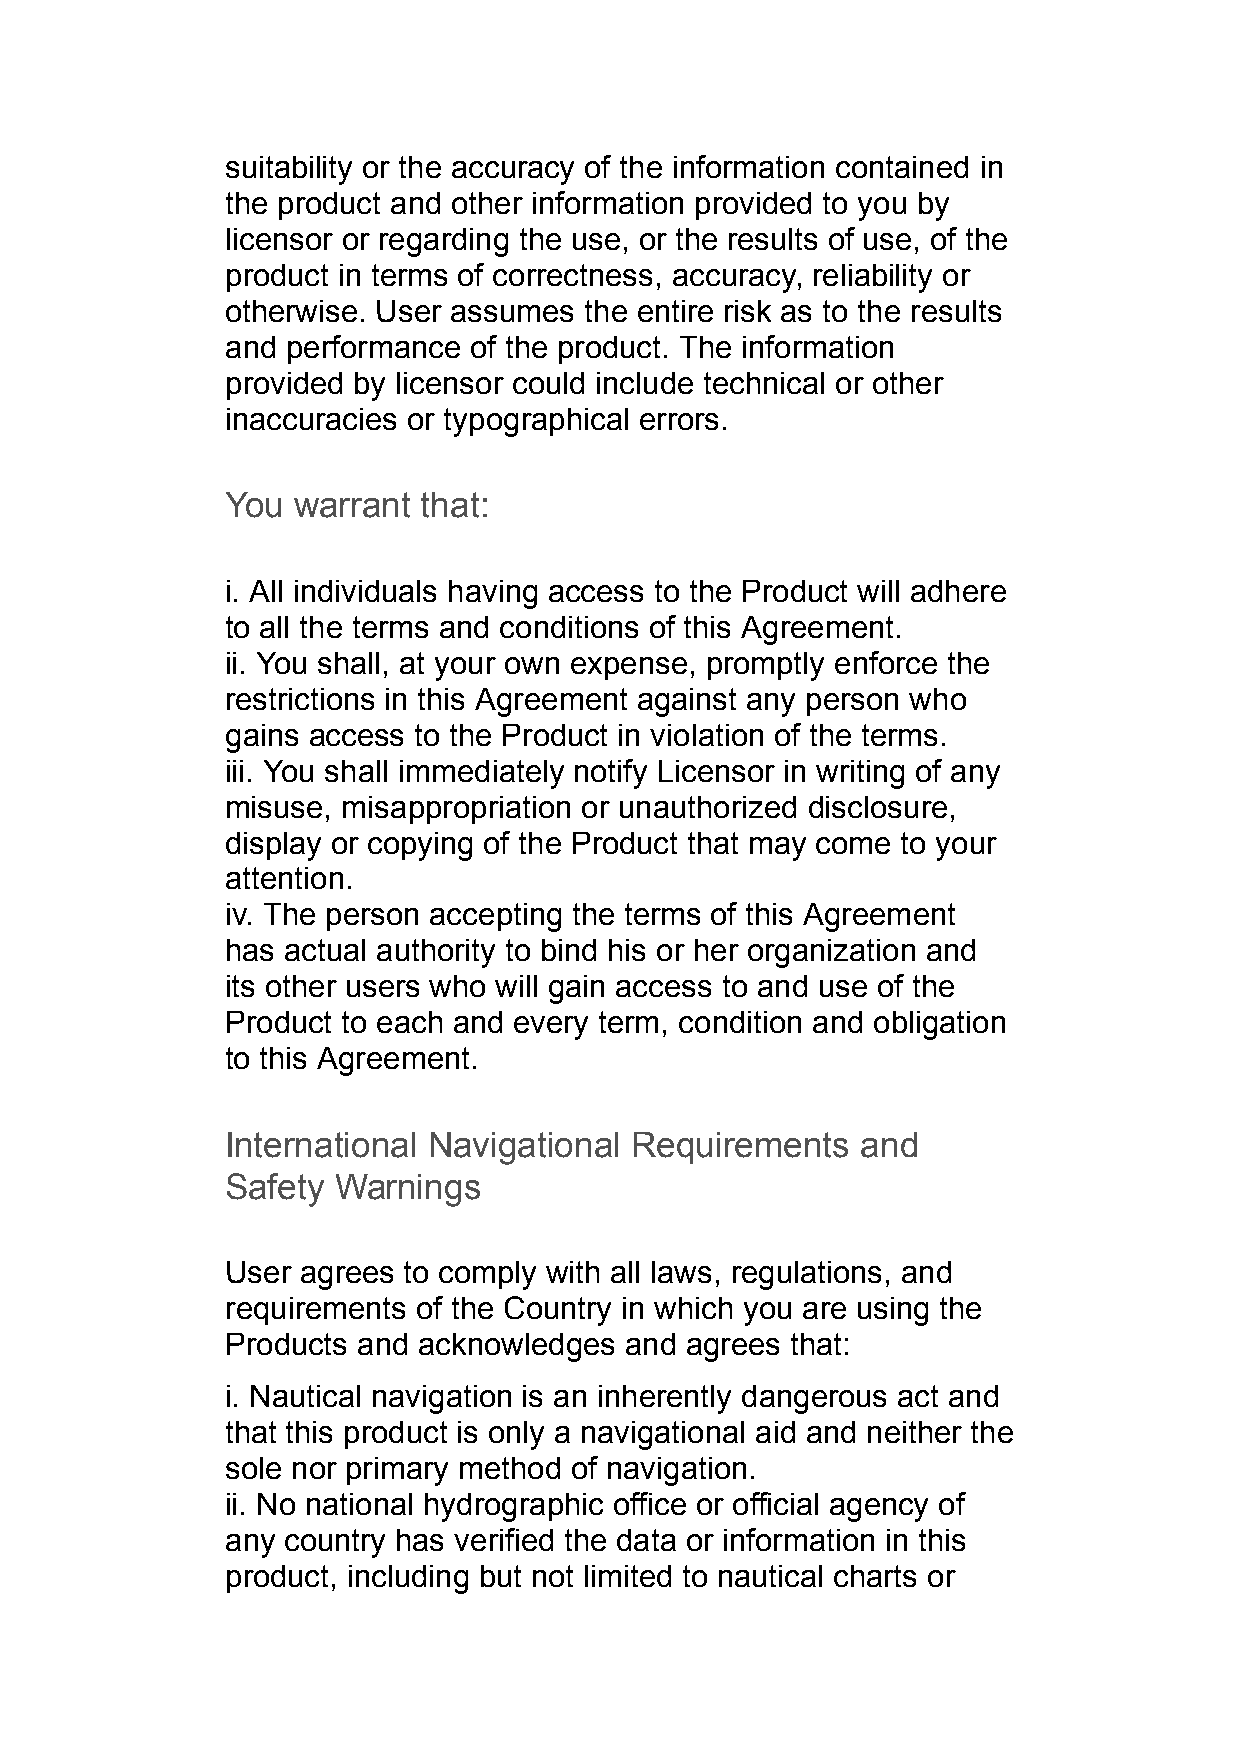
suitability or the accuracy of the information contained in
 the product and other information provided to you by
 licensor or regarding the use, or the results of use, of the
 product in terms of correctness, accuracy, reliability or
 otherwise. User assumes the entire risk as to the results
 and performance of the product. The information
 provided by licensor could include technical or other
 inaccuracies or typographical errors.
 You warrant  that:
 i. All individuals having access to the Product will adhere
 to all the terms and conditions of this Agreement.
 ii. You shall, at your own expense, promptly enforce the
 restrictions in this Agreement against any person who
 gains access to the Product in violation of the terms.
 iii. You shall immediately notify Licensor in writing of any
 misuse, misappropriation or unauthorized disclosure,
 display or copying of the Product that may come to your
 attention.
 iv. The person accepting the terms of this Agreement
 has actual authority to bind his or her organization and
 its other users who will gain access to and use of the
 Product to each and every term, condition and obligation
 to this Agreement.
 International Navigational Requirements   and
 Safety Warnings
 User agrees to comply with all laws, regulations, and
 requirements of the Country in which you are using the
 Products and acknowledges and agrees that:
 i. Nautical navigation is an inherently dangerous act and
 that this product is only a navigational aid and neither the
 sole nor primary method of navigation.
 ii. No national hydrographic office or official agency of
 any country has verified the data or information in this
 product, including but not limited to nautical charts or